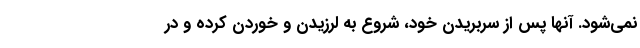
نمی‌شود. آنها پس از سربریدن خود، شروع به لرزیدن و خوردن کرده و در